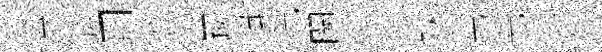
零旌司肄邙躅揖洗闕䢖令球先光貪